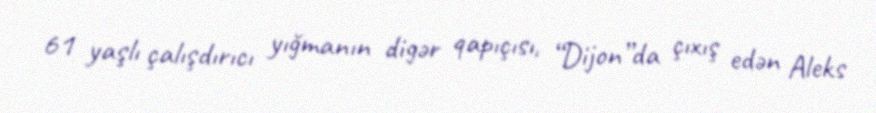
61 yaşlı çalışdırıcı yığmanın digər qapıçısı, “Dijon”da çıxış edən Aleks